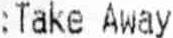
:TAKE AWAY